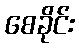
စေခိုင်း